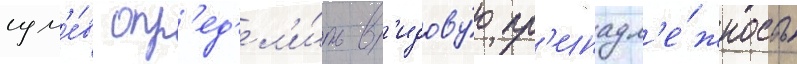
сум'е́в опр'ед'ел'и́ть в'идову́ю пр'инадл'е́жность